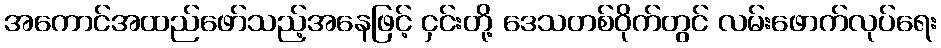
အကောင်အထည်ဖော်သည့်အနေဖြင့် ငှင်းတို့ ဒေသတစ်ဝိုက်တွင် လမ်းဖောက်လုပ်ရေး